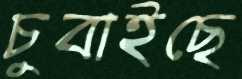
চুবাইছে